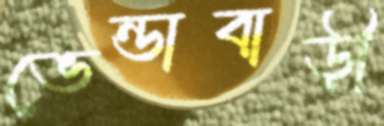
ভেন্ডাবাড়ী